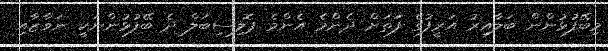
މިބޭފުޅުންން ބަލާއިރު އަރީފުގެ ފަަތަށް ދެންމެ އެންމެ ޕޮލިސިބަލް ދެ ބޭފުޅުންނަކީ ނަވާޒާއި